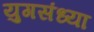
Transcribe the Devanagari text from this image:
युगसंध्या